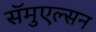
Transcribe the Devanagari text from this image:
सॅमुएल्सन